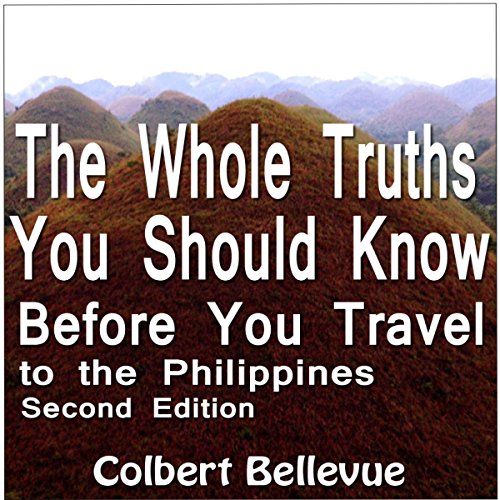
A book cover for The Whole Truths You Should Know Before You Travel to the Philippines: Second Edition; Colbert Bellevue; Travel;